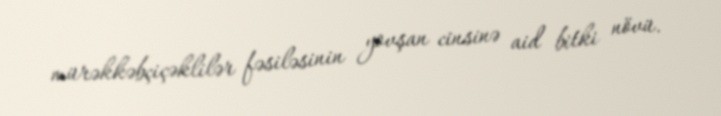
mürəkkəbçiçəklilər fəsiləsinin yovşan cinsinə aid bitki növü.